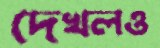
দেখলও